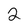
Character: 2